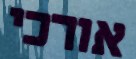
אורכי